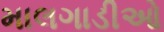
માલગાડીઓ